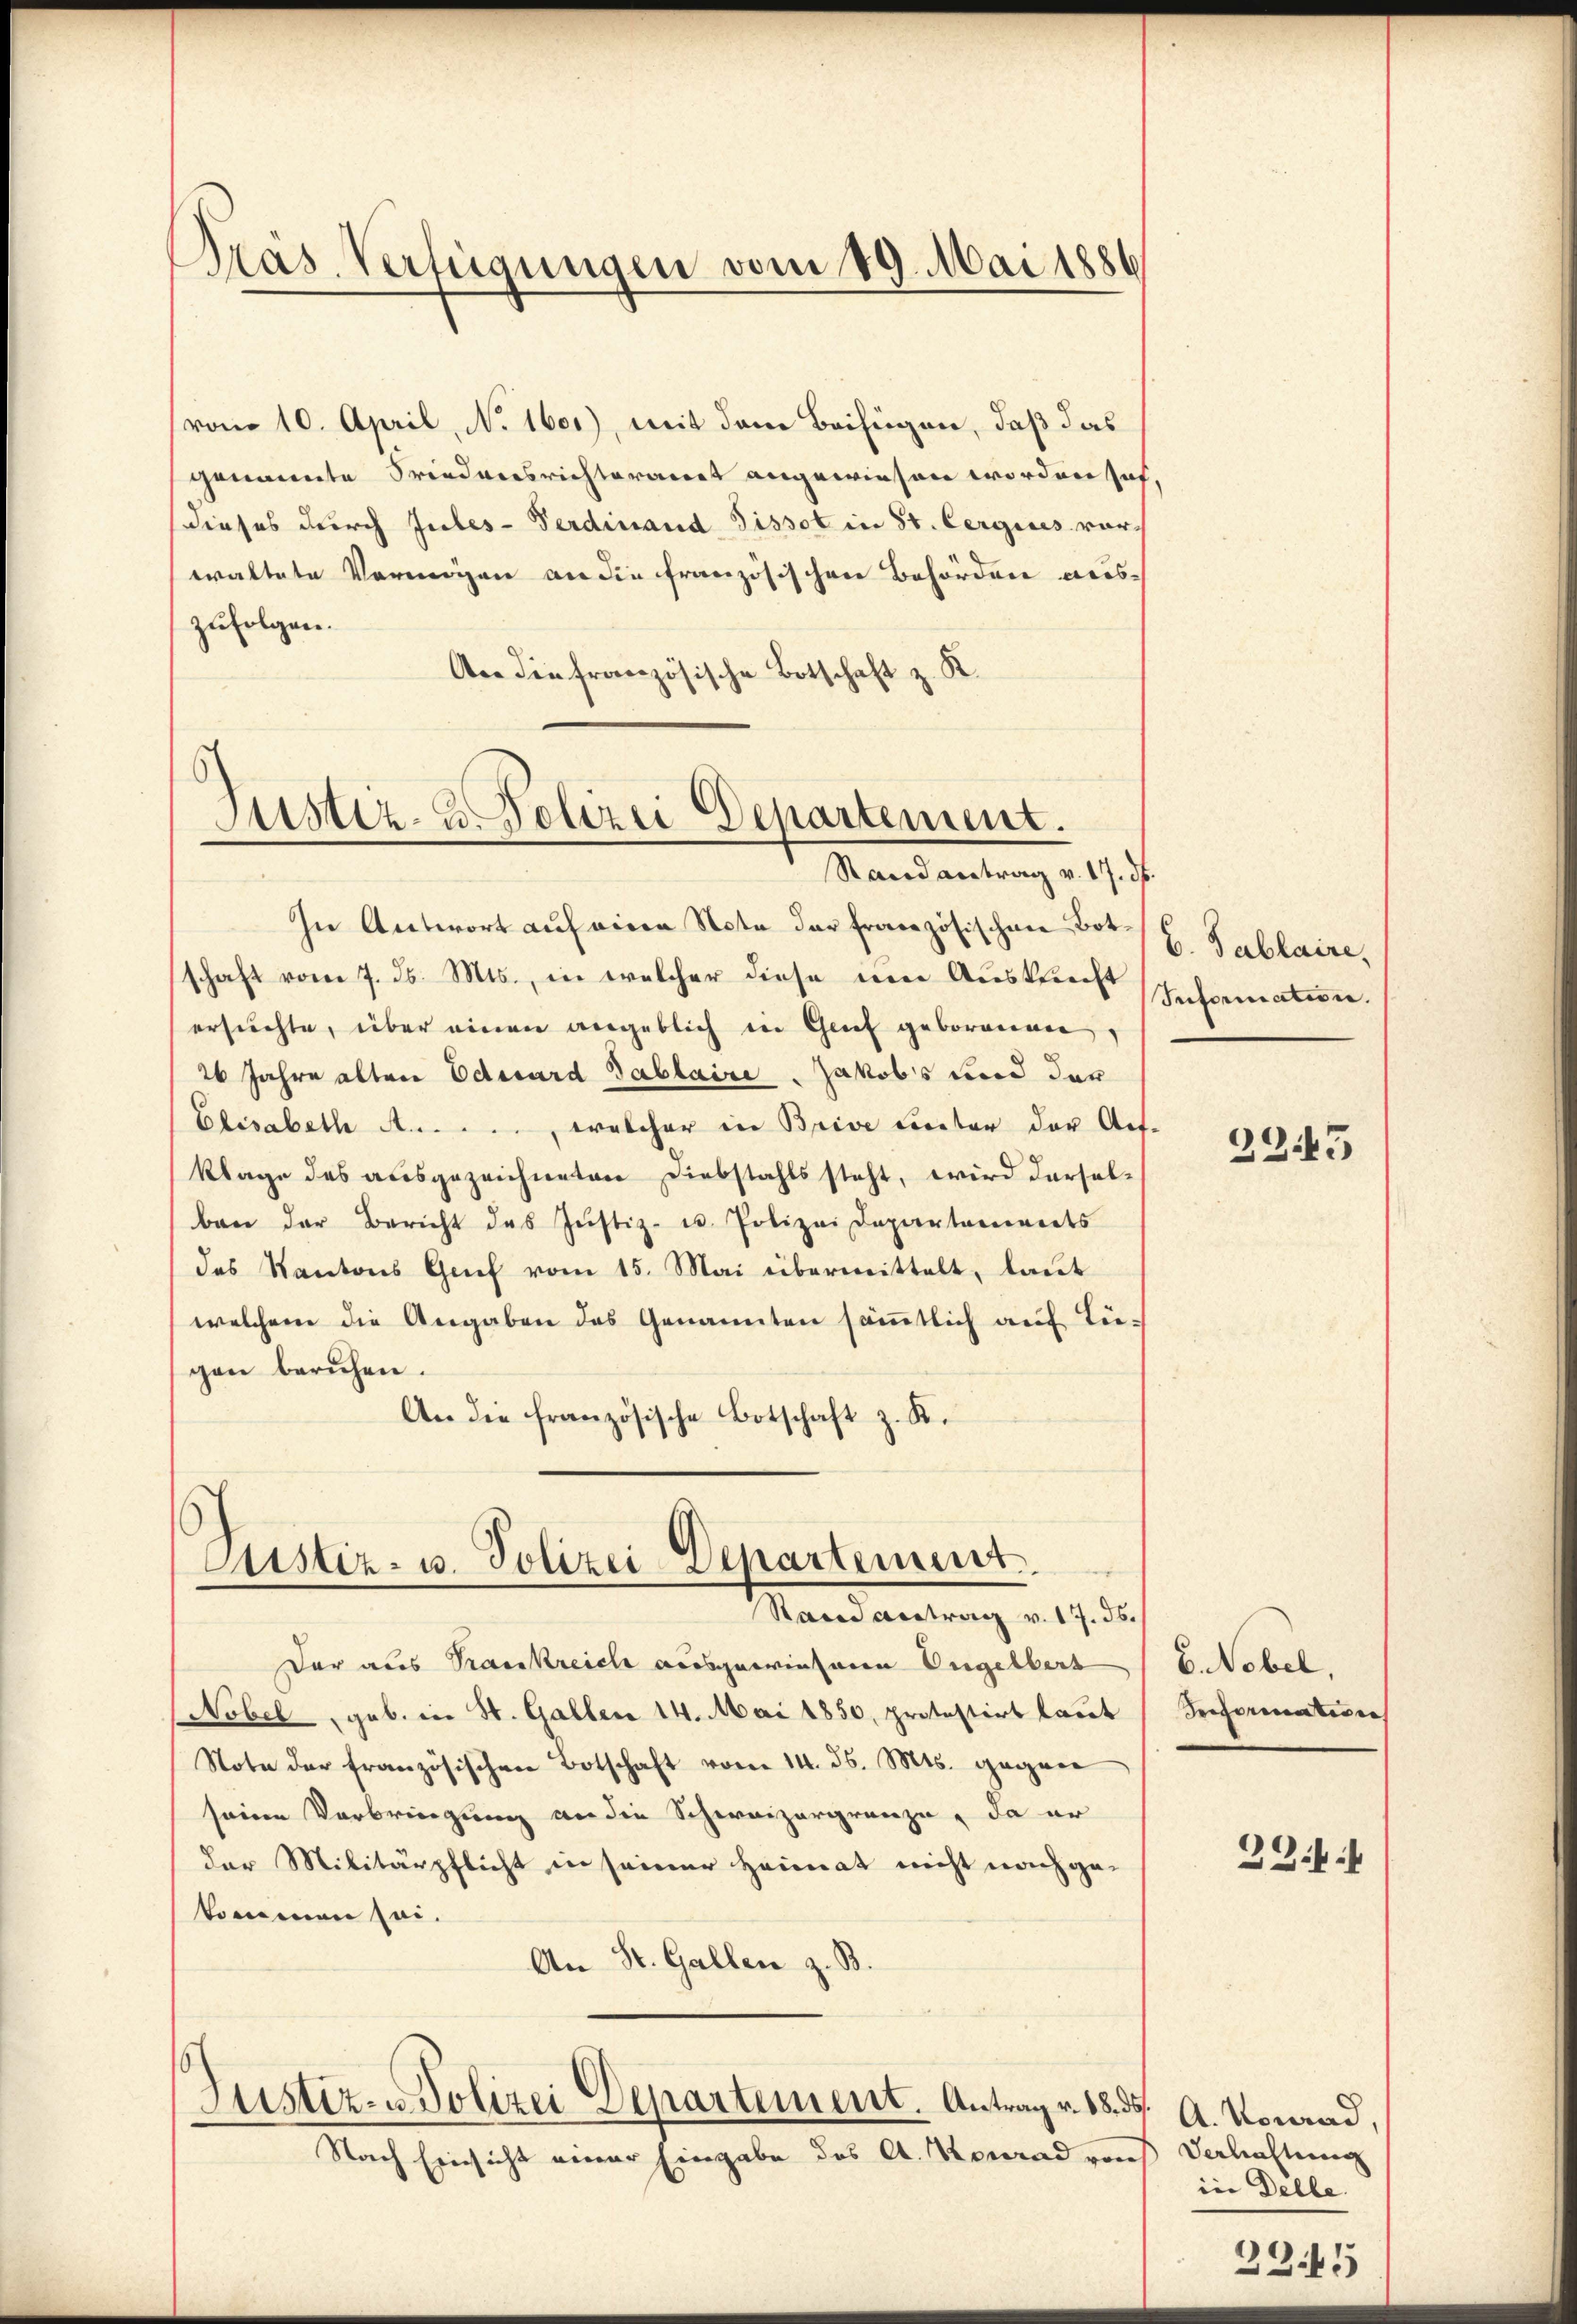
Präs. Verfügungen vom 19. Mai 1886

vom 10. April, No. 1601), mit dem Beifügen, daß das
genannte Friedensrichterart angewiesen worden sah.
dieses durch Jules-Ferdinand Pissot in St. Cergines vorwaltete Vermögen an die französischen Behörden auszufolgen.
An die französische Botschaft z. K.

Justiz- & Polizei Departement.
Stand antrag v. 17. ds.

Justiz- u. Polizei Departement.
Stand Antrag v. 17. 36.

In Antwort auf eine Nota der französischen Bot.
schaft vom 7. ds. Mts., in welcher diese um Auskunft
ersuchte, über einen angeblich in Glief geborenen
26 Jahre alten Eduard Gablaire Jakobs und der
Elisabeth A
welcher in Brive Rector der Aufklage des ausgezeichneten Diebstahls steht, wird derselban der Bericht des Jŭstiz- u. Polizei Departaments
das Kantons Genf vom 15. Mai übermittelt, laut
welchem die Angaben des Genannten sämmtlich auf Tügen beruhen.
An die französische Botschaft z. K.

Justiz- & Polizei Departement. Antrage. 18. 55. A. Konrad,

Dar aus Trankreich ausgewiesene Engelbert
(Nobel, geb. in St. Gallen 14. Mai 1850, protestirt laut
Note der französischen Botschaft vom 14. d. Mts. gegen
seine Verbringung an die Schweizergränze, da er
der Militärpflicht in seiner Heimat nicht nachgekommen sei.
An St. Gallen z. B.

Nach Einsicht einer Eingabe des A. Konradrons Verhaltung

b. Tablaire,
Information.

2245

6. Nobel,
Dreformatisie

234.

in Delle.

2345